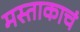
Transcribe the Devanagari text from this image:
मस्ताकाचं